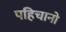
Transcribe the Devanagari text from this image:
पहिचानो